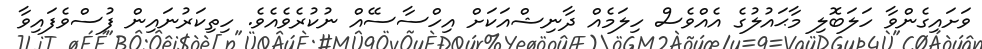
ވަށައިގެންވާ ހަލަބޮލި މާޙައުލުގެ އެއްވެސް ހިލަމެއް ދާނިޝްއަކަށް އިހްސާސެެއް ނުކުރެވެއެވެ. ހިތިކަރުނައިން ފުސްވެފައިވާ